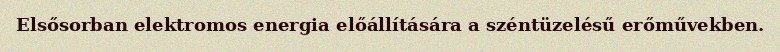
Elsősorban elektromos energia előállítására a széntüzelésű erőművekben.